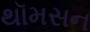
થૉમસન